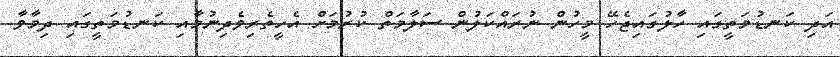
އަދި ކަނޑުމަތީގައި ހާލުގައިޖެހޭ މީހުން ނުރައްކަލުން ސަލާމަތް ކުރުމަށް އެހީތެރިވެދިނުމާއި ކަނޑުމަތީގައި ދިމާވާ